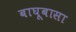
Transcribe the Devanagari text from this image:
बाघूबासा